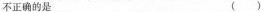
不正确的是 ()